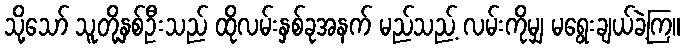
သို့သော် သူတို့နှစ်ဦးသည် ထိုလမ်းနှစ်ခုအနက် မည်သည့် လမ်းကိုမျှ မရွေးချယ်ခဲ့ကြ။